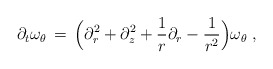
\begin{align*} \partial_t \omega_\theta \,=\, \Bigl(\partial_r^2 + \partial_z^2 + \frac{1}{r}\partial_r - \frac{1}{r^2}\Bigr)\omega_\theta~,\end{align*}